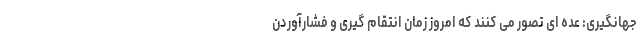
جهانگیری: عده ای تصور می کنند که امروز زمان انتقام گیری و فشارآوردن